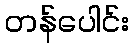
တန်ပေါင်း